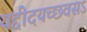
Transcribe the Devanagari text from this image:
यद्दीदयच्छवसऽ